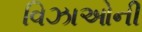
વિઝાઓની